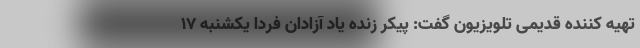
تهیه کننده قدیمی تلویزیون گفت: پیکر زنده یاد آزادان فردا یکشنبه ۱۷